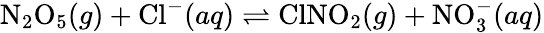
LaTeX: \mathrm{N}_{2}\mathrm{O}_{5}(g)+\mathrm{Cl}^{-}(aq)\rightleftharpoons\mathrm{ClNO}_{2}(g)+\mathrm{NO}_{3}^{-}(aq)